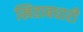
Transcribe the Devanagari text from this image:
खिताबधारी